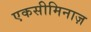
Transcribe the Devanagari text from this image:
एकसीमिनाज़